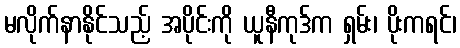
မလိုက်နာနိုင်သည့် အပိုင်းကို ယူနီကုဒ်က ရှမ်း၊ ပိုးကရင်၊